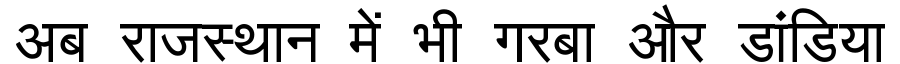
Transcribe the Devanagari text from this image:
अब राजस्थान में भी गरबा और डांडिया